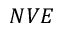
N V E